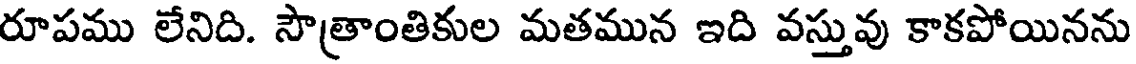
రూపము లేనిది. సౌత్రాంతికుల మతమున ఇది వస్తువు కాకపోయినను